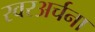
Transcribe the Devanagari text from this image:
स्वरअर्चना